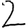
Digit: 2